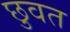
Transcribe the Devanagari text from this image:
छुवत